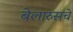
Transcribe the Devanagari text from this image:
बेलारुसचे